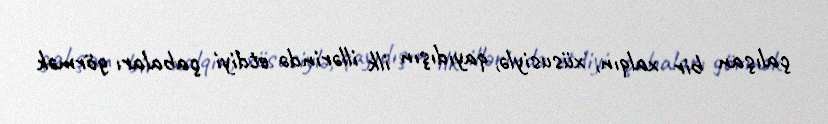
çalışan bir xalqın, xüsusiylə, qayıdışın ilk illərində etdiyi çabaları görmək